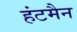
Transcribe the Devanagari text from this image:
हंटमैन